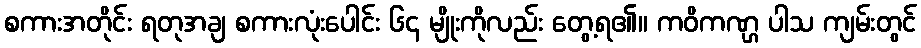
စကားအတိုင်း ရတုအချ စကားလုံးပေါင်း ၆၄ မျိုးကိုလည်း တွေ့ရ၏။ ကဝိကဏ္ဌ ပါသ ကျမ်းတွင်